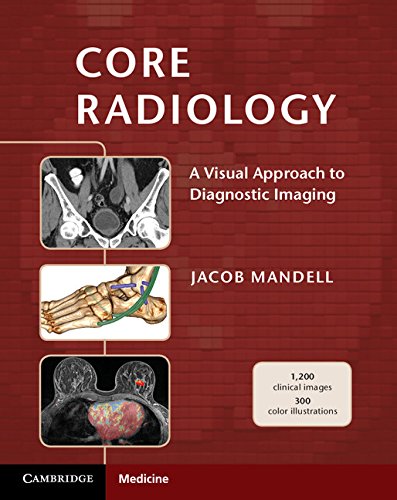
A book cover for Core Radiology: A Visual Approach to Diagnostic Imaging; Jacob Mandell; Medical Books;